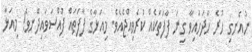
ނުއެނގި ހުރެ ހާދަހައިވާ ގިނަ ފާފަތަކެއް ކުރެވިއްޖެއެވެ. މިއަޅާގެ ފާފަތައް ފުއްސަވައިދޭނވެ! މިއަޅާ